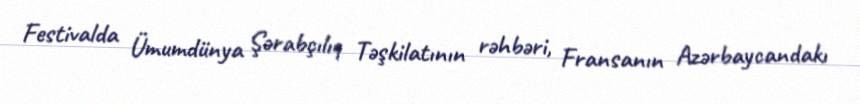
Festivalda Ümumdünya Şərabçılıq Təşkilatının rəhbəri, Fransanın Azərbaycandakı